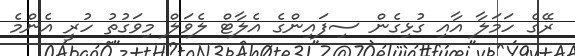
ރޭގެ ހަމަލާ އާއި ގުޅިގެން ސިފައިންގެ އެލާޓް ލެވަލް މިވަގުތު ހުރީ އެންމެ